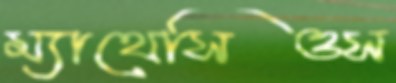
ম্যাথেসিওস